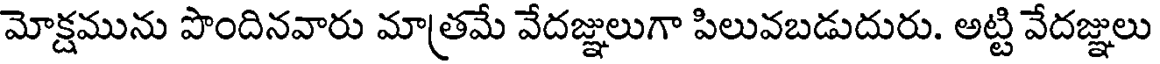
మోక్షమును పొందినవారు మాత్రమే వేదజ్ఞులుగా పిలువబడుదురు. అట్టి వేదజ్ఞులు